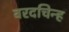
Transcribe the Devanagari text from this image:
वरदचिन्ह